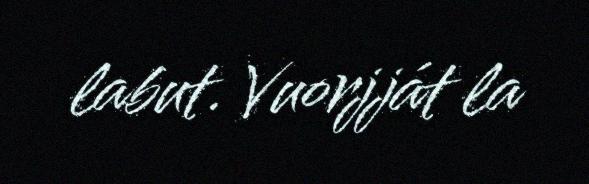
labut. Vuorjját la